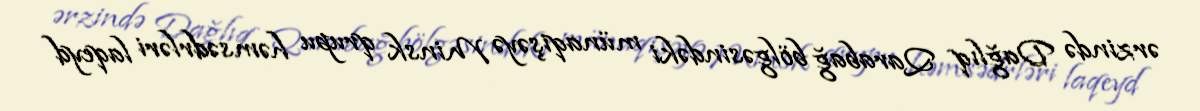
ərzində Dağlıq Qarabağ bölgəsindəki münaqişəyə Minsk qrupu həmsədrləri laqeyd